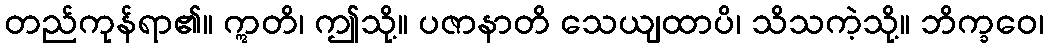
တည်ကုန်ရာ၏။ ဣတိ၊ ဤသို့။ ပဇာနာတိ သေယျထာပိ၊ သိသကဲ့သို့။ ဘိက္ခဝေ၊